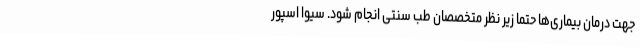
جهت درمان بیماری‌ها حتما زیر نظر متخصصان طب سنتی انجام شود. سیوا اسپور